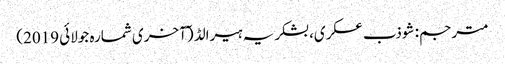
مترجم: شوذب عسکری، بشکریہ ہیرالڈ (ٓآخری شمارہ جولائی 2019)